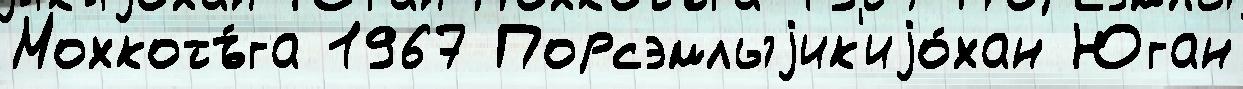
Мохкотъ́га 1967 Порсэмлыjик'иjо́хан Юган